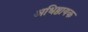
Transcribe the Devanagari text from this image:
अधिष्ठायक